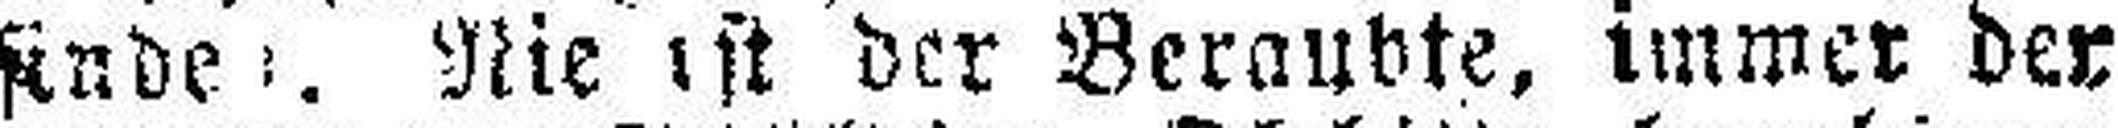
sinde: Nie ist der Beraubte, immer der